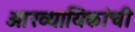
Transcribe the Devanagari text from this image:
आख्यायिकांची